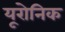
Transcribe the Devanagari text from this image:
यूरोनिक